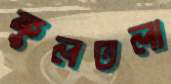
ফুলতলা